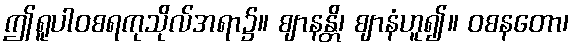
ဤရူပါဝစရကုသိုလ်အရာ၌။ ဈာနန္တိ၊ ဈာနံဟူ၍။ ဝစနတော၊